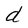
Character: d